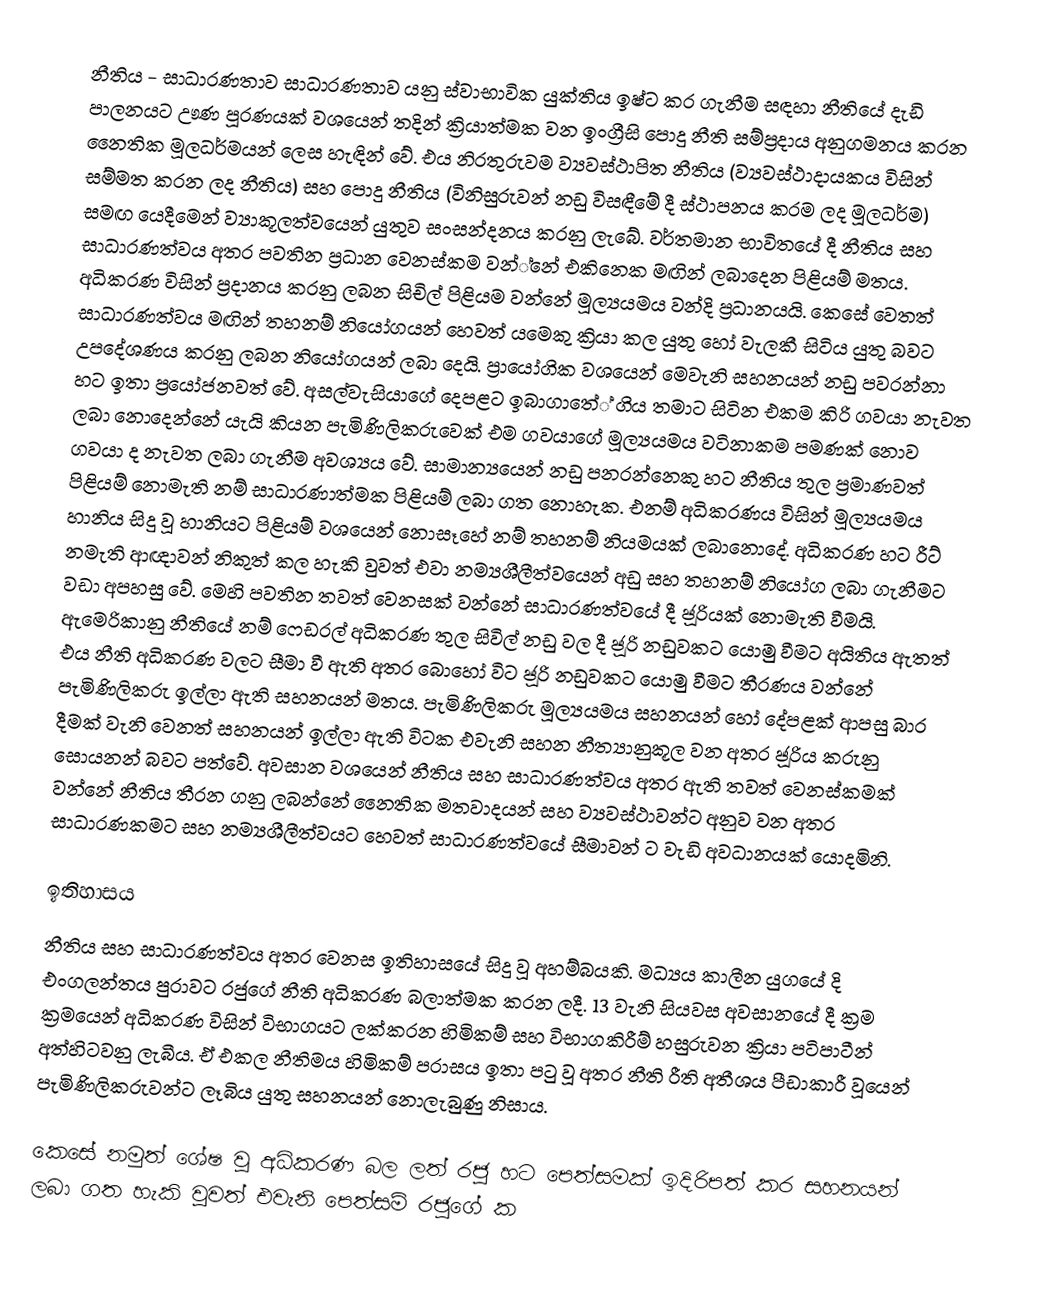
නීතිය - සාධාරණතාව සාධාරණතාව යනු ස්වාභාවික යුක්තිය ඉෂ්ට කර ගැනීම සඳහා නීතියේ දැඩි පාලනයට ඌණ පූරණයක් වශයෙන් තදින් ක්‍රියාත්මක වන ඉංග්‍රීසි පොදු නීති සම්ප්‍රදාය අනුගමනය කරන නෛතික මූලධර්මයන් ලෙස හැඳින් වේ. එය නිරතුරුවම ව්‍යවස්ථාපිත නීතිය (ව්‍යවස්ථාදායකය විසින් සම්මත කරන ලද නීතිය) සහ පොදු නීතිය (විනිසුරුවන් නඩු විසඳීමේ දී ස්ථාපනය කරම ලද මූලධර්ම) සමඟ යෙදීමෙන් ව්‍යාකූලත්වයෙන් යුතුව සංසන්දනය කරනු ලැබේ. වර්තමාන භාවිතයේ දී නීතිය සහ සාධාරණත්වය අතර පවතින ප්‍රධාන වෙනස්කම වන්්නේ එකිනෙක මඟින් ලබාදෙන පිළියම් මතය. අධිකරණ විසින් ප්‍රදානය කරනු ලබන සිචිල් පිළියම වන්නේ මූල්‍යයමය වන්දි ප්‍රධානයයි. කෙසේ වෙතත් සාධාරණත්වය මඟින් තහනම් නියෝගයන් හෙවත් යමෙකු ක්‍රියා කල යුතු හෝ වැලකී සිටිය යුතු බවට උපදේශණය කරනු ලබන නියෝගයන් ලබා දෙයි. ප්‍රායෝගික වශයෙන් මෙවැනි සහනයන් නඩු පවරන්නා හට ඉතා ප්‍රයෝජනවත් වේ. අසල්වැසියාගේ දෙපළට ඉබාගාතේ් ගිය තමාට සිටින එකම කිරි ගවයා නැවත ලබා නොදෙන්නේ යැයි කියන පැමිණිලිකරුවෙක් එම ගවයාගේ මූල්‍යයමය වටිනාකම පමණක් නොව ගවයා ද නැවත ලබා ගැනීම අවශ්‍යය වේ. සාමාන්‍යයෙන් නඩු පනරන්නෙකු හට නීතිය තුල ප්‍රමාණවත් පිළියම් නොමැති නම් සාධාරණාත්මක පිළියම් ලබා ගත නොහැක. එනම් අධිකරණය විසින් මූල්‍යයමය හානිය සිදු වූ හානියට පිළියම් වශයෙන් නොසෑහේ නම් තහනම් නියමයක් ලබානොදේ. අධිකරණ හට රීට් නමැති ආඥාවන් නිකුත් කල හැකි වුවත් එවා නම්‍යශීලීත්වයෙන් අඩු සහ තහනම් නියෝග ලබා ගැනීමට වඩා අපහසු වේ. මෙහි පවතින තවත් වෙනසක් වන්නේ සාධාරණත්වයේ දී ජූරියක් නොමැති වීමයි. ඇමෙරිකානු නීතියේ නම් ෆෙඩරල් අධිකරණ තුල සිවිල් නඩු වල දී ජූරි නඩුවකට යොමු වීමට අයිතිය ඇතත් එය නීති අධිකරණ වලට සීමා වී ඇති අතර බොහෝ විට ජූරි නඩුවකට යොමු වීමට තීරණය වන්නේ පැමිණිලිකරු ඉල්ලා ඇති සහනයන් මතය. පැමිණිලිකරු මූල්‍යයමය සහනයන් හෝ දේපළක් ආපසු බාර දීමක් වැනි වෙනත් සහනයන් ඉල්ලා ඇති විටක එවැනි සහන නීත්‍යානුකූල වන අතර ජූරිය කරුනු සොයනන් බවට පත්වේ. අවසාන වශයෙන් නීතිය සහ සාධාරණත්වය අතර ඇති තවත් වෙනස්කමක් වන්නේ නීතිය තීරන ගනු ලබන්නේ නෛතික මතවාදයන් සහ ව්‍යවස්ථාවන්ට අනුව වන අතර සාධාරණකමට සහ නම්‍යශීලීත්වයට හෙවත් සාධාරණත්වයේ සීමාවන් ට වැඩි අවධානයක් යොදමිනි.

ඉතිහාසය
නීතිය සහ සාධාරණත්වය අතර වෙනස ඉතිහාසයේ සිදු වූ අහම්බයකි. මධ්‍යය කාලීන යුගයේ දි එංගලන්තය පුරාවට රජුගේ නීති අධිකරණ බලාත්මක කරන ලදී. 13 වැනි සියවස අවසානයේ දී ක්‍රම ක්‍රමයෙන් අධිකරණ විසින් විභාගයට ලක්කරන හිමිකම් සහ විභාගකිරීම් හසුරුවන ක්‍රියා පටිපාටීන් අත්හිටවනු ලැබීය. ඒ එකල නීතිමය හිමිකම් පරාසය ඉතා පටු වූ අතර නීති රීති අතීශය පීඩාකාරී වූයෙන් පැමිණිලිකරුවන්ට ලෑබිය යුතු සහනයන් නොලැබුණු නිසාය.

කෙසේ නමුත් ශේෂ වූ අධිකරණ බල ලත් රජු හට පෙත්සමක් ඉදිරිපත් කර සහනයන් ලබා ගත හැකි වුවත් එවැනි පෙත්සම් රජුගේ ක